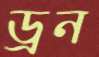
ড্রন